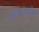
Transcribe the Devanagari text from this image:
नेपाळातील